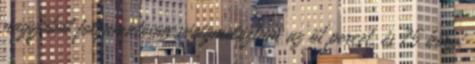
nagyjából folyamatosan végigmelóztam az öt percet, és 75 börpi